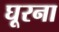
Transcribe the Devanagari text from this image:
घूरना